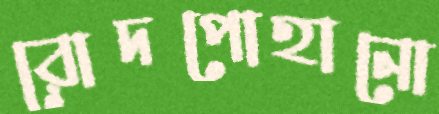
রোদপোহানো